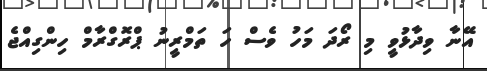
އޭނާ ވިދާޅުވީ މި ރޯދަ މަހު ވެސް ހަ ތަމްރީނު ޕްރޮގްރާމް ހިންގިއްޖެ